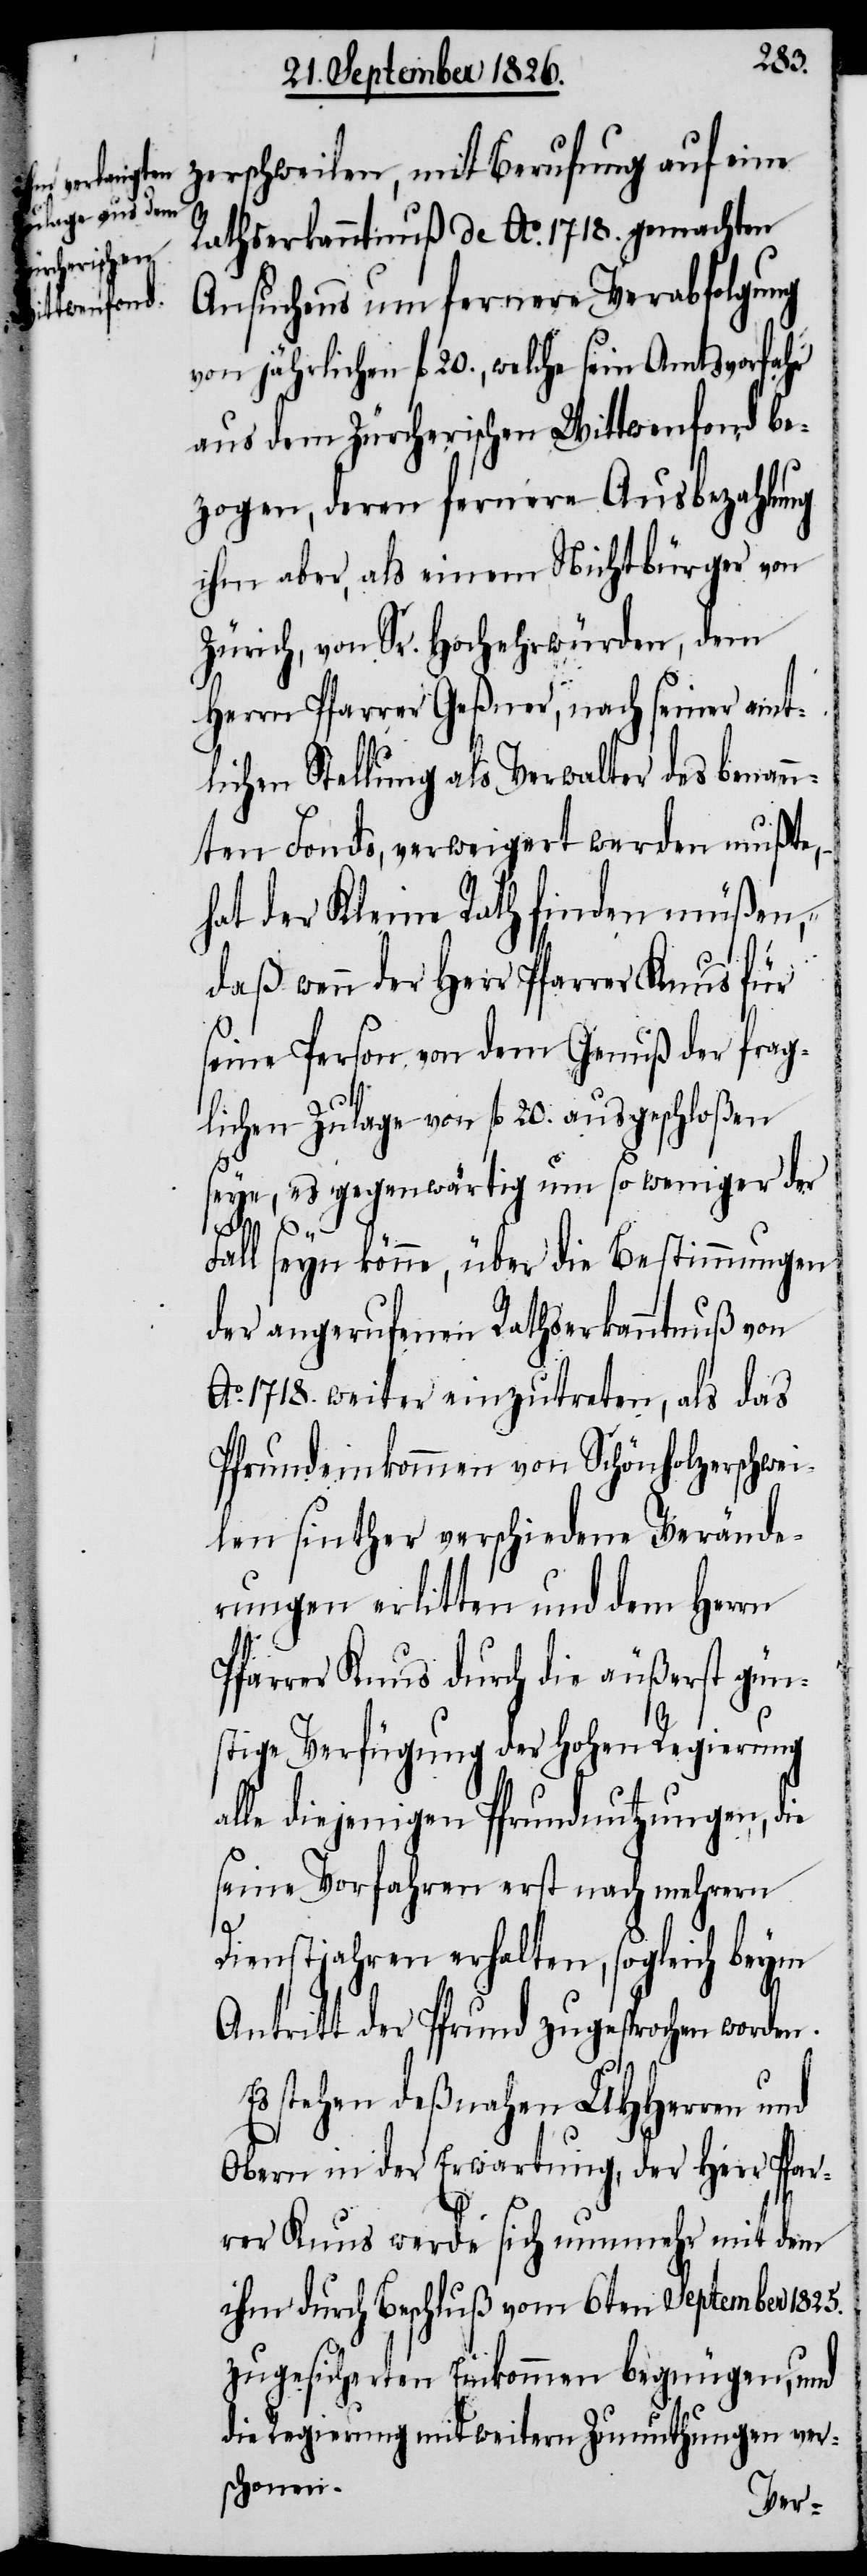
zerschweilen, mit Berufung auf eine
Rathserkanntnuß de Ao. 1718. gemachten
Ansuchens um fernere Verabfolgung
von jährlichen fl. 20., welche sein Amtsvorfahr
aus dem Zürcherischen Wittwenfond be¬
zogen, deren fernere Ausbezahlung
ihm aber, als einem Nichtbürger von
Zürich, von Sr. Hochehrwürden, dem
Herrn Pfarrer Geßner, nach seiner amt¬
lichen Stellung als Verwalter des benann¬
ten Fonds, verweigert werden mußte, –
hat der Kleine Rath finden müßen,
daß wenn der Herr Pfarrer Knus für
seine Person von dem Genuß der frag¬
lichen Zulage von fl. 20. ausgeschloßen
seye, es gegenwärtig um so weniger der
Fall seyn könne, über die Bestimmungen
der angerufenen Rathserkanntnuß von
Ao. 1718. weiter einzutreten, als das
Pfrundeinkommen von Schönholzerschwei¬
len sinther verschiedene Verände¬
rungen erlitten und dem Herrn
Pfarrer Knus durch die äußerst gün¬
stige Verfügung der hohen Regierung
alle diejenigen Pfrundnutzungen, die
seine Vorfahren erst nach mehrern
Dienstjahren erhalten, sogleich beym
Antritt der Pfrund zugesprochen worden.
Es stehen deßnahen MHHerren und
Obern in der Erwartung, der Herr Pfar¬
rer Knus werde sich nunmehr mit dem
ihm durch Beschluß vom 6ten September 1825.
zugesicherten Einkommen begnügen, und
die Regierung mit weitern Zumuthungen vers¬
chonen.